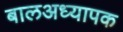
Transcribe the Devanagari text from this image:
बालअध्यापक